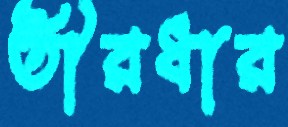
তীরধার